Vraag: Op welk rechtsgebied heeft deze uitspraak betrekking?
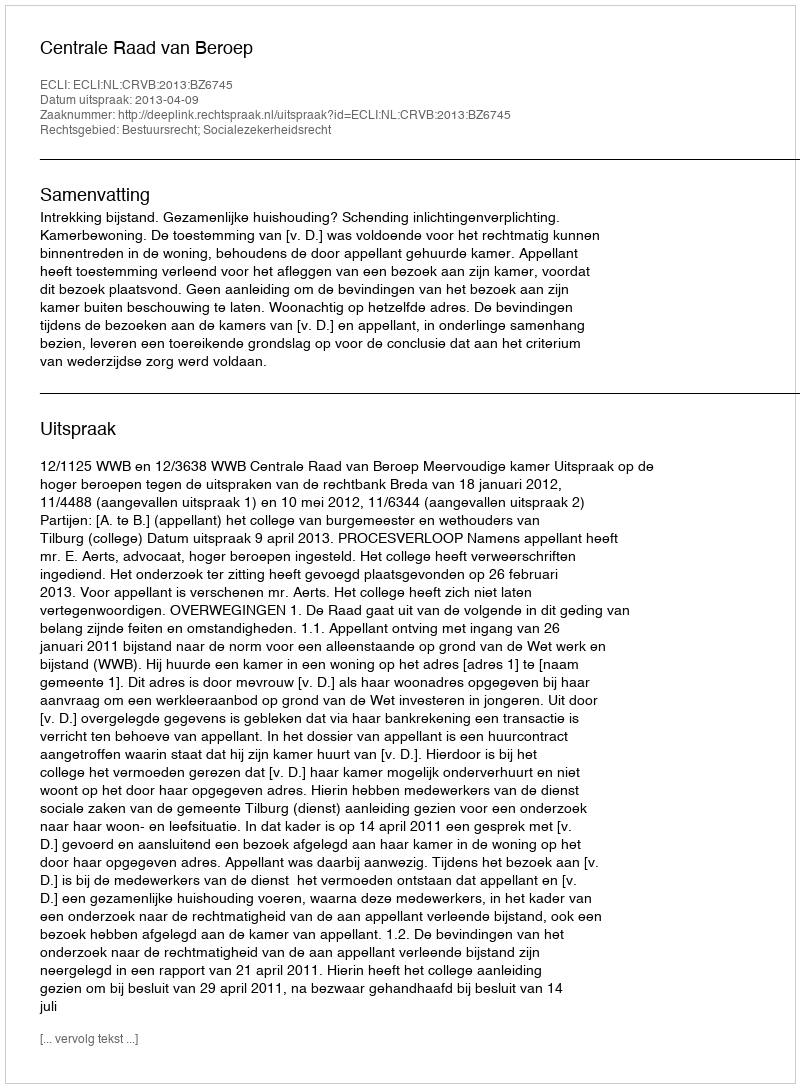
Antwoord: Bestuursrecht; Socialezekerheidsrecht